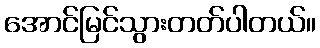
အောင်မြင်သွားတတ်ပါတယ်။